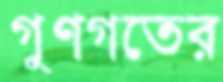
গুণগতের